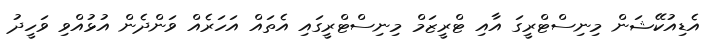
އެޑިއުކޭޝަން މިނިސްޓްރީގަ އާއި ޓްރީޒަމް މިނިސްޓްރީގައި އެތައް އަހަރެއް ވަންދެން އުޅުއްވި ވަހީދު